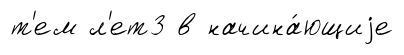
т'ем л'ет3 в начина́ющиjе